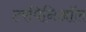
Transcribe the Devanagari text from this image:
टरपिनिऑल